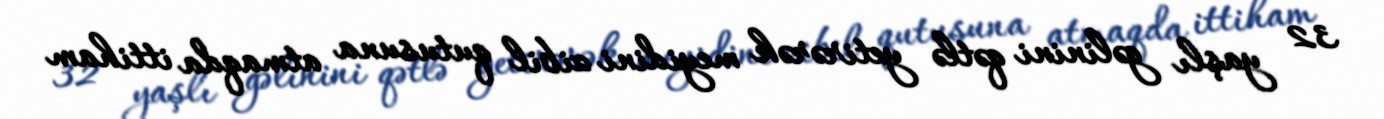
32 yaşlı gəlinini qətlə yetirərək meyidini zibil qutusuna atmaqda ittiham